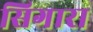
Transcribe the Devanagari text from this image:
सिगारा